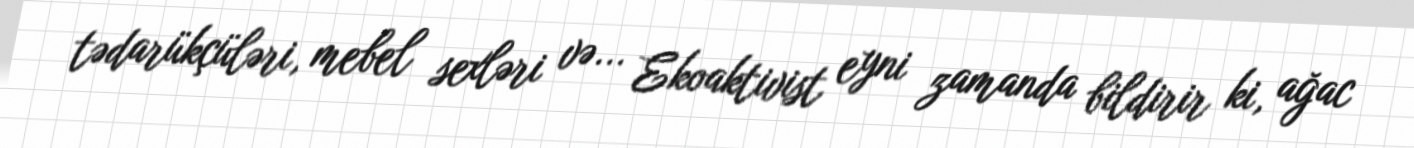
tədarükçüləri, mebel sexləri və... Ekoaktivist eyni zamanda bildirir ki, ağac